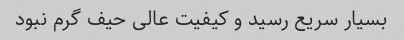
بسیار سریع رسید و کیفیت عالی حیف گرم نبود